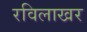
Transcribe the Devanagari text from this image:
रविलाखर